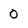
Character: 0